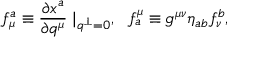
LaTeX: f _ { \mu } ^ { a } \equiv \frac { \partial x ^ { a } } { \partial q ^ { \mu } } \mid _ { q ^ { \perp } = 0 } , ~ ~ f _ { a } ^ { \mu } \equiv g ^ { \mu \nu } \eta _ { a b } f _ { \nu } ^ { b } ,